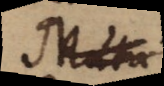
Muta